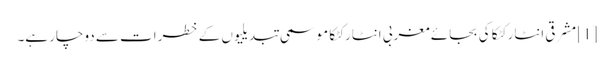
[1] مشرقی انٹارکٹکا کی بجائے مغربی انٹارکٹکا موسمی تبدیلیوں کے خطرات سے دوچار ہے۔